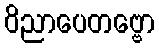
ဝိညာပေတဗ္ဗော